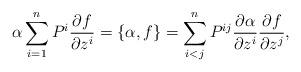
LaTeX: \begin{align*}\alpha\sum_{i=1}^n P^i\frac{\partial f}{\partial z^i}=\{\alpha,f\}=\sum_{i<j}^n P^{ij}\frac{\partial \alpha}{\partial z^i}\frac{\partial f}{\partial z^j},\end{align*}